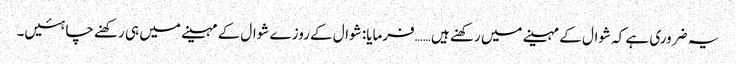
یہ ضروری ہے کہ شوال کے مہینے میں رکھنے ہیں……فرمایا: شوال کے روزے شوال کے مہینے میں ہی رکھنے چاہئیں۔